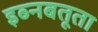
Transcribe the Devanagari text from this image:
इब्‍नबतूता